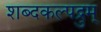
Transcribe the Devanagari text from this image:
शब्दकल्पद्रुम्